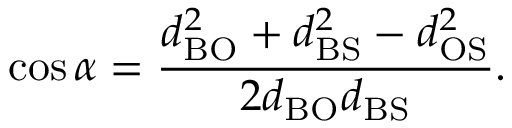
\cos { \alpha } = { \frac { d _ { \mathrm { B O } } ^ { 2 } + d _ { \mathrm { B S } } ^ { 2 } - d _ { \mathrm { O S } } ^ { 2 } } { 2 d _ { \mathrm { B O } } d _ { \mathrm { B S } } } } .